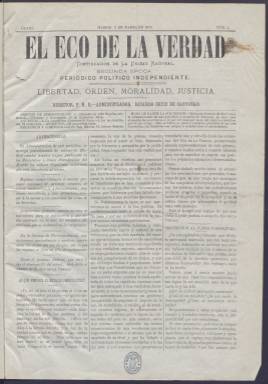
Título: El Eco de la verdad (Madrid)
Colección: Periódicos
Ámbito geográfico: Madrid
Lugar de publicación: Madrid
Fechas: 03/03/1872-10/11/1872